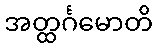
အတ္ထင်္ဂမောတိ